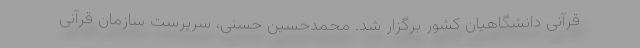
قرآنی دانشگاهیان کشور برگزار شد. محمدحسین حسنی، سرپرست سازمان قرآنی